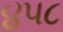
૪૫૮